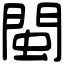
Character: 閩